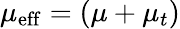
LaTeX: \mu_{\mathrm{eff}}=\left(\mu+\mu_{t}\right)